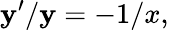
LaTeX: \mathbf{y}^{\prime}/\mathbf{y}=-1/x,